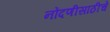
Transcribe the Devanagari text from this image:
नोंदणीसाठीचे